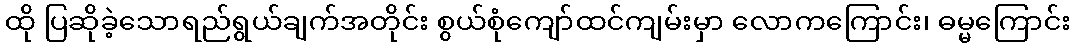
ထို ပြဆိုခဲ့သောရည်ရွယ်ချက်အတိုင်း စွယ်စုံကျော်ထင်ကျမ်းမှာ လောကကြောင်း၊ ဓမ္မကြောင်း